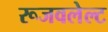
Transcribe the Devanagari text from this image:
रूजवलेल्ट